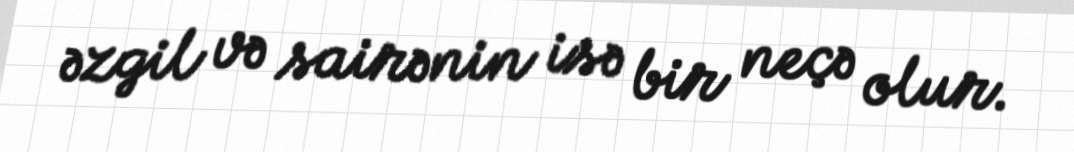
əzgil və sairənin isə bir neçə olur.